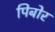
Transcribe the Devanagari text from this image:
पिबोर